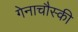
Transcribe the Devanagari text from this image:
गेनाचौस्की